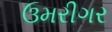
ઉમરીગર